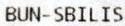
BUN-SBILIS